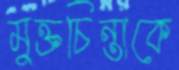
মুক্তচিন্তাকে